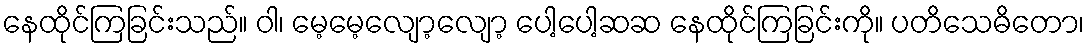
နေထိုင်ကြခြင်းသည်။ ဝါ၊ မေ့မေ့လျော့လျော့ ပေါ့ပေါ့ဆဆ နေထိုင်ကြခြင်းကို။ ပတိသေဓိတော၊